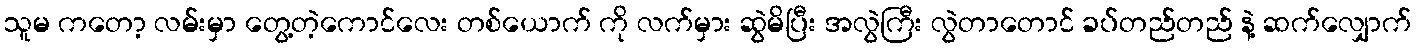
သူမ ကတော့ လမ်းမှာ တွေ့တဲ့ကောင်လေး တစ်ယောက် ကို လက်မှား ဆွဲမိပြီး အလွဲကြီး လွဲတာတောင် ခပ်တည်တည် နဲ့ ဆက်လျှောက်